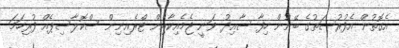
އެގޮތުން އެފުރުސަތުގެ ބޭނުން ހިފާ ސާއިދު ވަނީ ޖެމެއިކާއިން ޓްރެއިނިން ސްކޮލާސިޕެއް ފުރިހަމަ